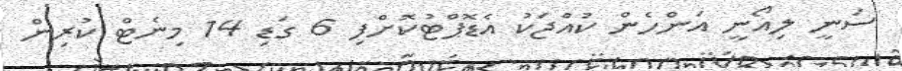
ސަނީ ލިއޯނީ އަންހެން ކުއްޖަކު އެޑޮޕްޓުކޮށްފި 6 ގަޑި 14 މިނެޓް ކުރިން